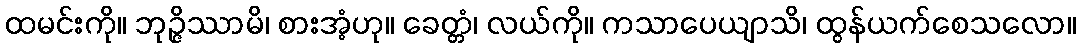
ထမင်းကို။ ဘုဉ္ဇိဿာမိ၊ စားအံ့ဟု။ ခေတ္တံ၊ လယ်ကို။ ကသာပေယျာသိ၊ ထွန်ယက်စေသလော။